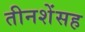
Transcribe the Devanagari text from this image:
तीनशेंसह